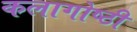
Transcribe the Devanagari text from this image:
कलागोष्ठी